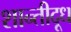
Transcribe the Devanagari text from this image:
शान्तीदूध